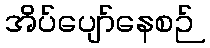
အိပ်ပျော်နေစဉ်